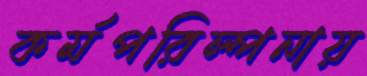
কর্মপরিল্পনায়